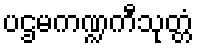
ပဌမကဏ္ဍကီသုတ္တံ